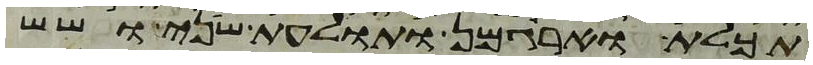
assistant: תכלת וארגמן ותולעת שני ושש